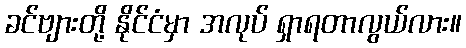
ခင်ဗျားတို့ နိုင်ငံမှာ အလုပ် ရှာရတာလွယ်လား။